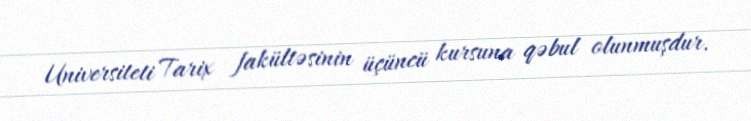
Universiteti Tarix fakültəsinin üçüncü kursuna qəbul olunmuşdur.